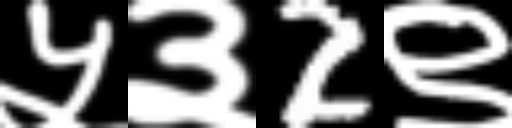
Text: ५३2९